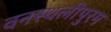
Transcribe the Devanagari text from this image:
वनस्थलीपुरम